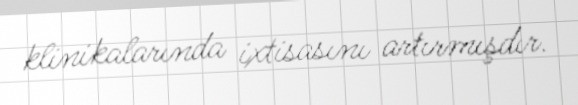
klinikalarında ixtisasını artırmışdır.